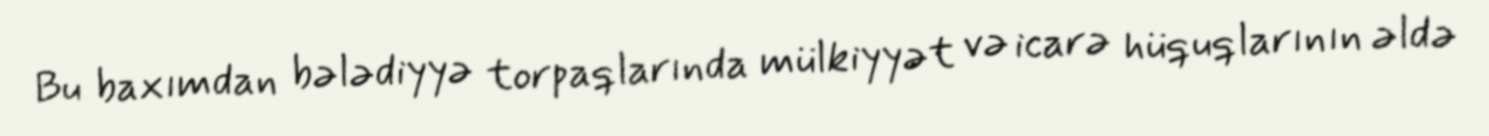
Bu baxımdan bələdiyyə torpaqlarında mülkiyyət və icarə hüquqlarının əldə